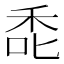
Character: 𮂻